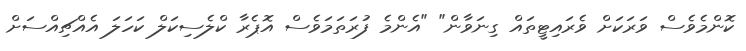
ކޮންމެވެސް ވަރަކަށް ވެރައިޓީތައް ގިނަވާން" "އެންމެ ފުރަތަމަވެސް އޮޕެރާ ކްލެސިކަލް ކަހަލަ އެއްޗިއްސަށް